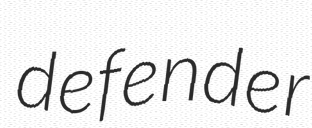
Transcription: defender